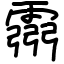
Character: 霛